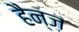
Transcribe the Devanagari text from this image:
हैन्ज़